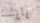
وابنك